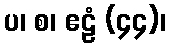
ပ၊ စ၊ ဧဠံ (၄၄)၊